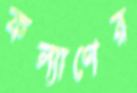
কল্যাণের